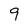
Character: 9